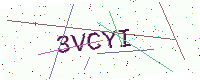
Text: 3VCYI